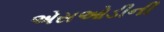
એસઓડીની